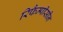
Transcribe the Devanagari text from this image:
रिफैम्पीसीन